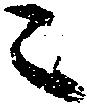
ニ